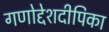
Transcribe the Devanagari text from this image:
गणोद्देशदीपिका